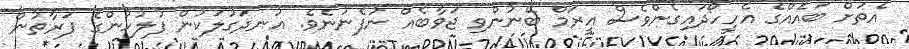
އެތަށް ބައެއްގެ އެހީހޯދައިގެންވެސް އީރަމް ބޭނުންވި ޖަވާބެއް ނުފެނުނެވެ. އުނދަގުލަކުން ފުލުހުންގެ ފަރާތުން